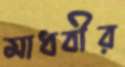
মাধবীর